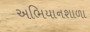
અભિયાનશાળા